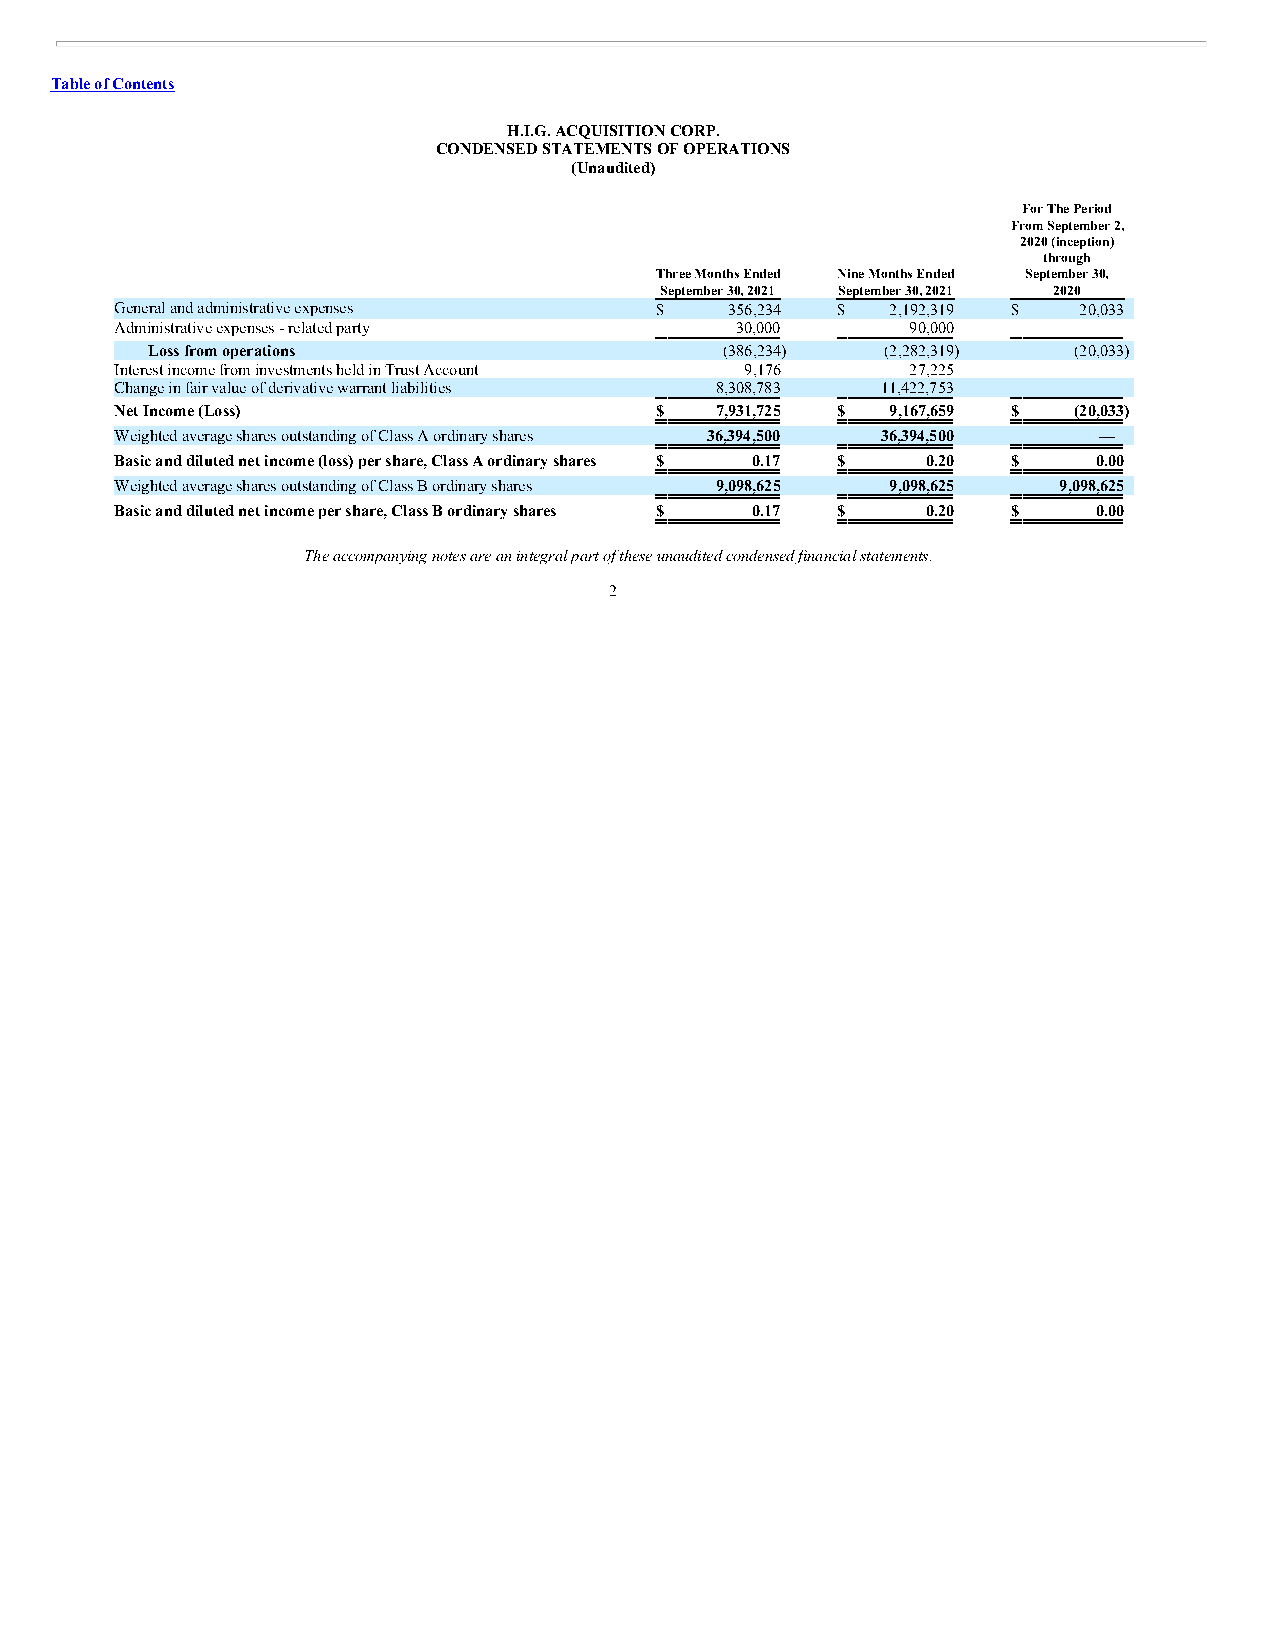
Table of Contents
 H.I.G. ACQUISITION CORP.
 CONDENSED STATEMENTS OF OPERATIONS
 (Unaudited)
 For The Period
 From September 2,
 2020 (inception)
 through
 Three Months Ended Nine Months Ended September 30,
 September 30, 2021 September 30, 2021 2020
 General and administrative expenses $   356,234 $  2,192,319 $ 20,033
 Administrative expenses - related party  30,000     90,000       —
 Loss from operations                  (386,234)  (2,282,319) (20,033)
 Interest income from investments held in Trust Account 9,176 27,225 —
 Change in fair value of derivative warrant liabilities 8,308,783 11,422,753 —
 Net Income (Loss)                  $   7,931,725 $ 9,167,659 $ (20,033)
 Weighted average shares outstanding of Class A ordinary shares 36,394,500 36,394,500 —
 Basic and diluted net income (loss) per share, Class A ordinary shares $ 0.17 $ 0.20 $ 0.00
 Weighted average shares outstanding of Class B ordinary shares 9,098,625 9,098,625 9,098,625
 Basic and diluted net income per share, Class B ordinary shares $ 0.17 $ 0.20 $ 0.00
 The accompanying notes are an integral part of these unaudited condensed financial statements.
 2